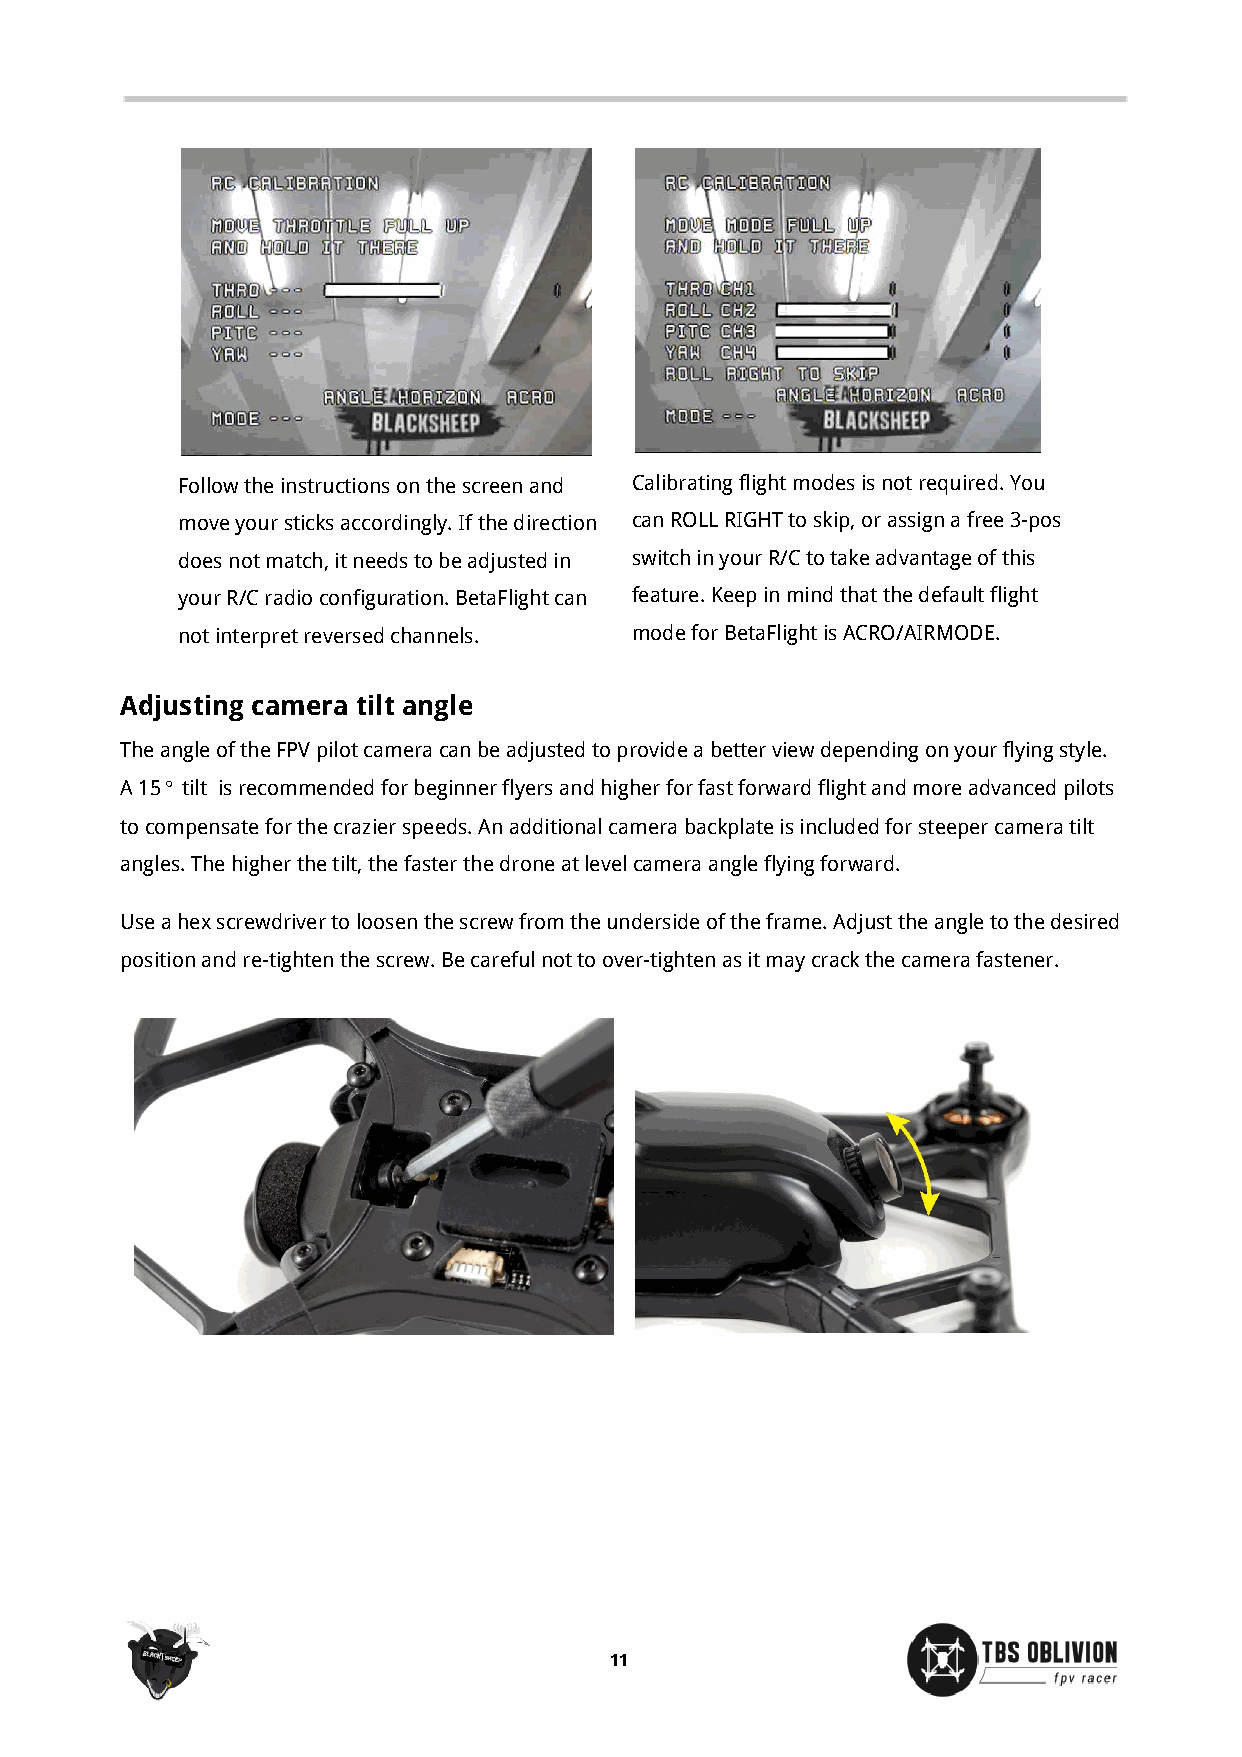
Follow the instructions on the screen and Calibrating flight modes is not required. You
 move your sticks accordingly. If the direction can ROLL RIGHT to skip, or assign a free 3-pos
 does not match, it needs to be adjusted in switch in your R/C to take advantage of this
 your R/C radio configuration. BetaFlight can feature. Keep in mind that the default flight
 not interpret reversed channels. mode for BetaFlight is ACRO/AIRMODE.
 Adjusting camera tilt angle
 The angle of the FPV pilot camera can be adjusted to provide a better view depending on your flying style.
 A 15° tilt is recommended for beginner flyers and higher for fast forward flight and more advanced pilots
 to compensate for the crazier speeds. An additional camera backplate is included for steeper camera tilt
 angles. The higher the tilt, the faster the drone at level camera angle flying forward.
 Use a hex screwdriver to loosen the screw from the underside of the frame. Adjust the angle to the desired
 position and re-tighten the screw. Be careful not to over-tighten as it may crack the camera fastener.
 11